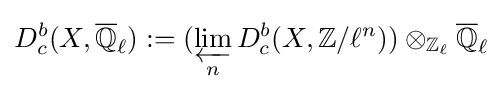
D_{c}^{b}(X,{\overline {\mathbb {Q} }}_{\ell }):=(\varprojlim _{n}D_{c}^{b}(X,\mathbb {Z} /\ell ^{n}))\otimes _{\mathbb {Z} _{\ell }}{\overline {\mathbb {Q} }}_{\ell }